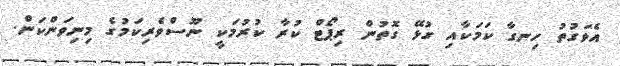
އެވަގުތު ހިނގާ ކަމަކާއި ގުޅޭ ގޮތުން ރިޕޯޓް ކުރާ ކުރުމަކީ ނޫސްވެރިކަމުގެ މިނިވަންކަން.